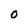
Character: O